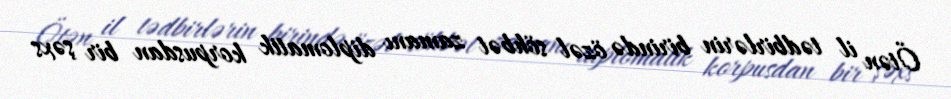
Ötən il tədbirlərin birində özəl söhbət zamanı diplomatik korpusdan bir şəxs